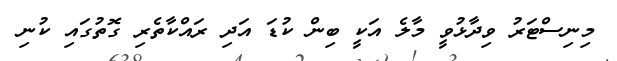
މިނިސްޓަރު ވިދާޅުވީ މާލެ އަކީ ބިން ކުޑަ އަދިި ރައްކާތެރި ގޮތުގައި ކުނި